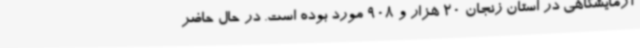
آزمایشگاهی در استان زنجان 20 هزار و 908 مورد بوده است. در حال حاضر